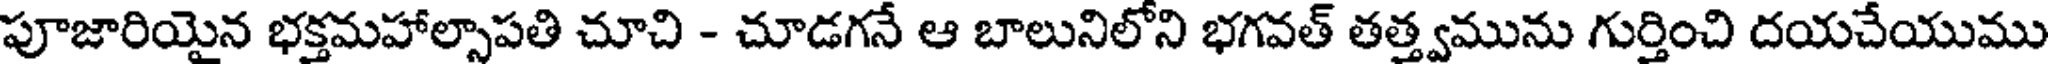
పూజారియైన భక్తమహాల్సాపతి చూచి - చూడగనే ఆ బాలునిలోని భగవత్ తత్త్వమును గుర్తించి దయచేయుము